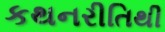
કથનરીતિથી